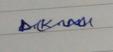
Signature authenticity: genuine